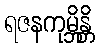
ရဇနကုမ္ဘိန္တိ